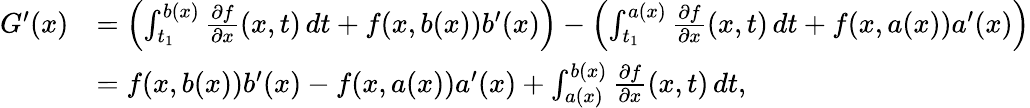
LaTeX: {\begin{array}{rl}{G^{\prime}(x)}&{=\left(\int_{t_{1}}^{b(x)}{\frac{\partial f}{\partial x}}(x,t)\, dt+f(x,b(x))b^{\prime}(x)\right)-\left(\int_{t_{1}}^{a(x)}{\frac{\partial f}{\partial x}}(x,t)\, dt+f(x,a(x))a^{\prime}(x)\right)}\\ &{=f(x,b(x))b^{\prime}(x)-f(x,a(x))a^{\prime}(x)+\int_{a(x)}^{b(x)}{\frac{\partial f}{\partial x}}(x,t)\, dt,}\end{array}}